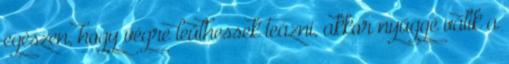
egészen, hogy végre leülhessek teázni, akkor nyűggé válik a